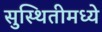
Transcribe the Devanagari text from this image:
सुस्थितीमध्ये